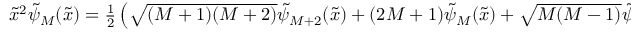
\begin{array} { r } { \tilde { x } ^ { 2 } \tilde { \psi } _ { M } ( \tilde { x } ) = \frac 1 2 \left( \sqrt { ( M + 1 ) ( M + 2 ) } \tilde { \psi } _ { M + 2 } ( \tilde { x } ) + ( 2 M + 1 ) \tilde { \psi } _ { M } ( \tilde { x } ) + \sqrt { M ( M - 1 ) } \tilde { \psi } _ { M - 2 } ( \tilde { x } ) \right) , } \end{array}